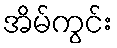
အိမ်ကွင်း